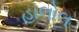
હાલોલ